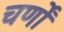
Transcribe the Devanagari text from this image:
चर्णों